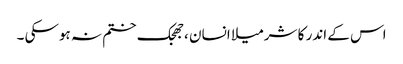
اس کے اندر کا شرمیلا انسان ،جھجک ختم نہ ہوسکی ۔